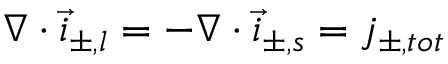
\nabla \cdot \vec { i } _ { \pm , l } = - \nabla \cdot \vec { i } _ { \pm , s } = j _ { \pm , t o t }